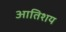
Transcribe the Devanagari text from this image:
आतिशय